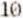
10